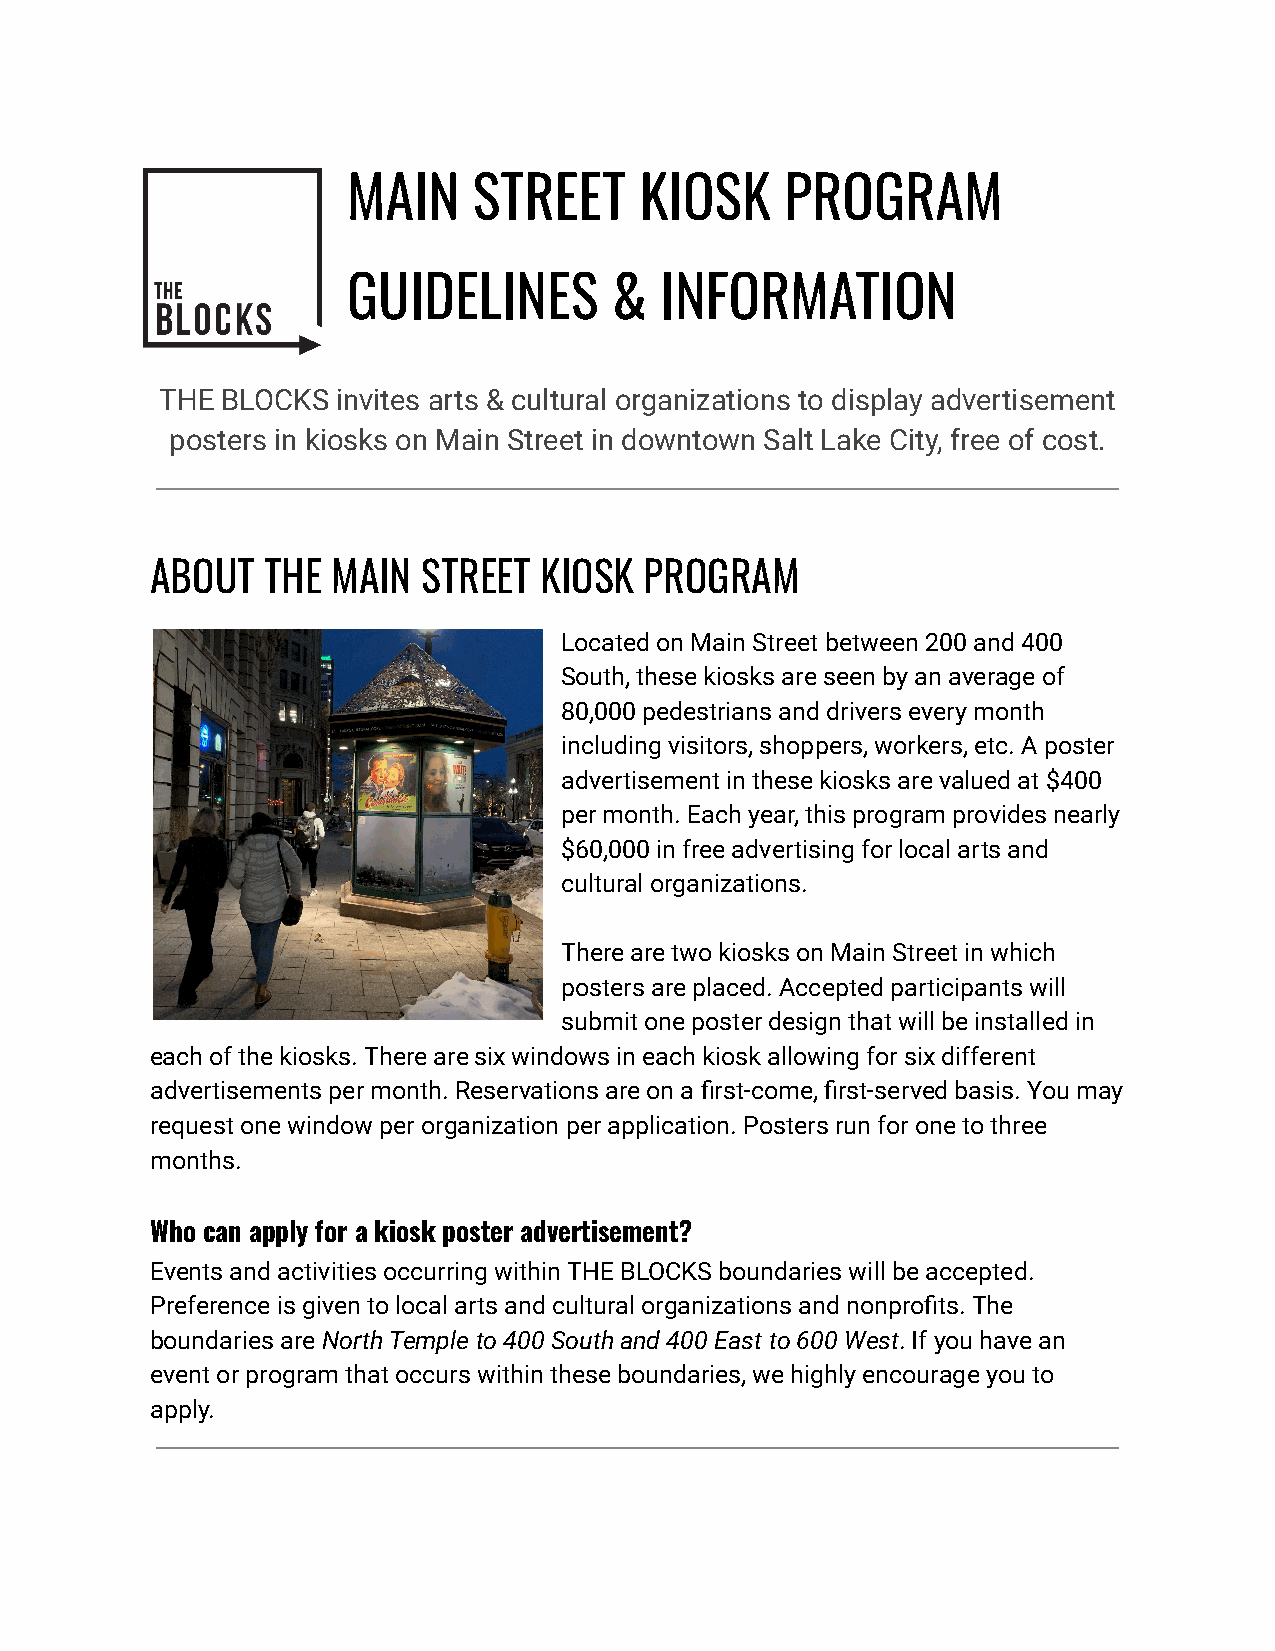
MAIN    STREET     KIOSK     PROGRAM
 GUIDELINES        &  INFORMATION
 THE BLOCKS invites arts & cultural organizations to display advertisement
 posters in kiosks on Main Street in downtown Salt Lake City, free of cost.
 ABOUT  THE  MAIN  STREET  KIOSK  PROGRAM
 Located on Main Street between 200 and 400
 South, these kiosks are seen by an average of
 80,000 pedestrians and drivers every month
 including visitors, shoppers, workers, etc. A poster
 advertisement in these kiosks are valued at $400
 per month. Each year, this program provides nearly
 $60,000 in free advertising for local arts and
 cultural organizations.
 There are two kiosks on Main Street in which
 posters are placed. Accepted participants will
 submit one poster design that will be installed in
 each of the kiosks. There are six windows in each kiosk allowing for six different
 advertisements per month. Reservations are on a first-come, first-served basis. You may
 request one window per organization per application. Posters run for one to three
 months.
 Who can apply for a kiosk poster advertisement?
 Events and activities occurring within THE BLOCKS boundaries will be accepted.
 Preference is given to local arts and cultural organizations and nonprofits. The
 boundaries areNorth Temple to 400 South and 400 East to 600 West. If you have an
 event or program that occurs within these boundaries, we highly encourage you to
 apply.